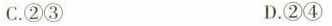
C.②③ D.②④